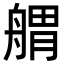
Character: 𦩝